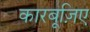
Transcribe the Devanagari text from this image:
कारबूज़िए